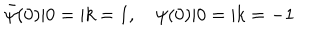
LaTeX: { \bar { \psi } } ( 0 ) | 0 = | k = 1 , \quad \psi ( 0 ) | 0 = | k = - 1